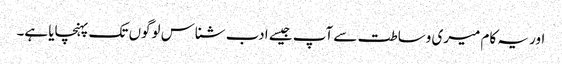
اور یہ کام میری وساطت سے آپ جیسے ادب شناس لوگوں تک پہنچایا ہے۔